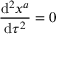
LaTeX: { \frac { \mathrm { d } ^ { 2 } x ^ { a } } { \mathrm { d } \tau ^ { 2 } } } = 0